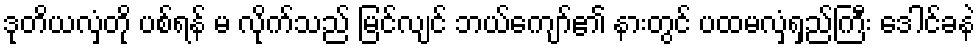
ဒုတိယလှံတို ပစ်ရန် မ လိုက်သည် မြင်လျင် ဘယ်ကျော်၏ နားတွင် ပထမလှံရှည်ကြီး ဒေါင်ခနဲ